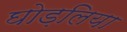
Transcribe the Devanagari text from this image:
घोड़लिया